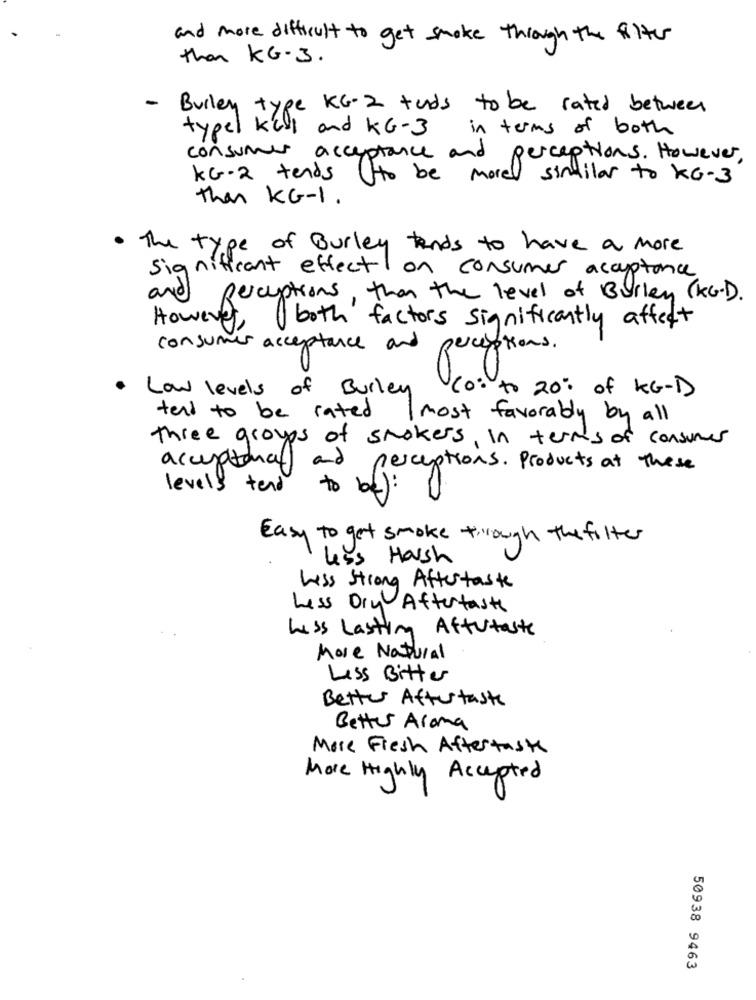
and more difficult to get smoke through the filter
than KG.3.
-
Burley type KG.2 tends to be rated between
typel kell and KG-3 in terms of both
consumer acceptance and perceptions. However,
KG-2 tends
( to be more similar to KG-3
than KG-1.
The type of Burley tends to have a more
Significant effect on consumer acceptance
and
Receptions, than the level of Burley (KG.D).
However
both factors significantly affect
consumer acceptance and perceptions.
Low levels of Burley
Co: to 20% of KG-D
tend to be rated
most favorably by all
three groups of smokers, in terms of consumes
acceptance and perceptions. Products at These
levels
tend to
Easy to get smoke through the filter
less Harsh
Weiss Strong Aftertaste
Less Dry Aftertaste
Less Lasting Aftertaste
More Natural
Less Bitter
Better Aftertaste
Better Aroma
More Fresh Aftertaste
More Highly Accepted
50938 9463